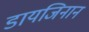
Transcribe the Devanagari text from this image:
डायजिनान